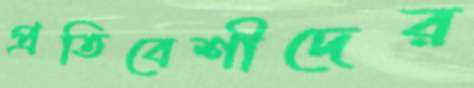
প্রতিবেশীদের